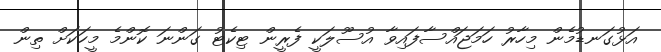
އަޅުގަނޑުމެން މިހާރު ހަމަޖައްސާފައިވާ އުސޫލަކީ ފެރީން ޓިކެޓު ގަންނަ ކޮންމެ މީހަކަށް ތިން